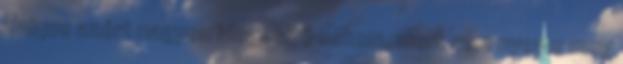
Unique azért nagyon idegesítő nekem, mert nem nyerte meg